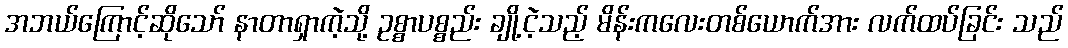
အဘယ်ကြောင့်ဆိုသော် နာတာရှာကဲ့သို့ ဥစ္စာပစ္စည်း ချို့ငဲ့သည့် မိန်းကလေးတစ်ယောက်အား လက်ထပ်ခြင်း သည်